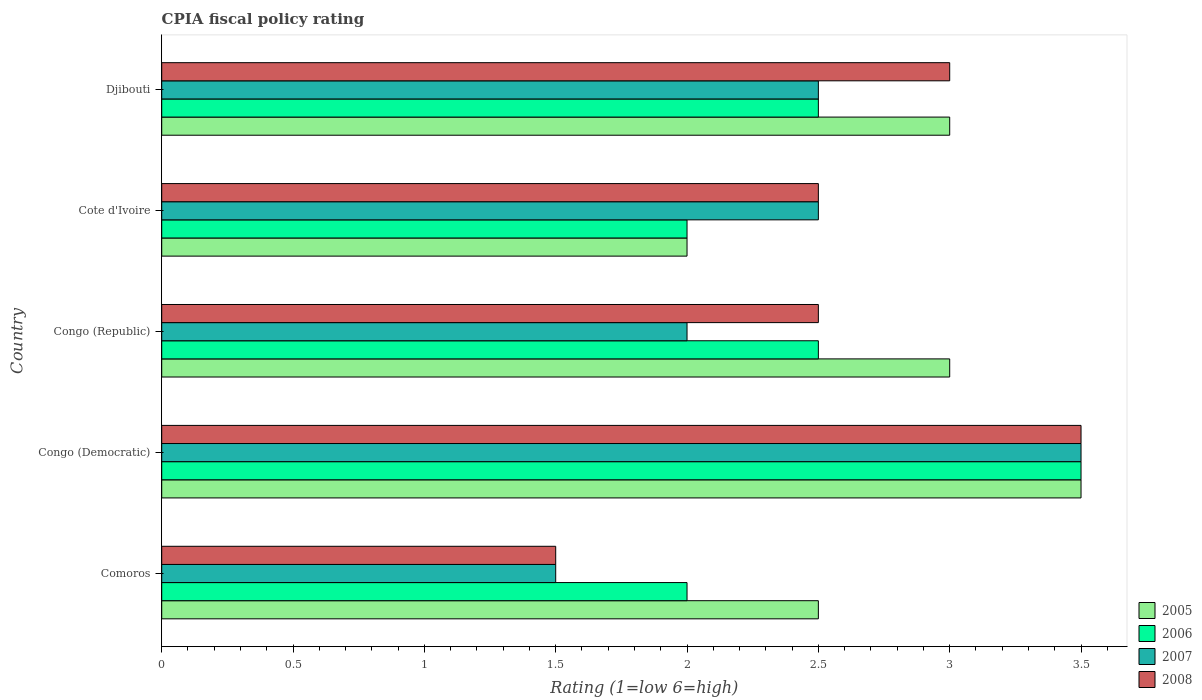
| Country | 2005 | 2006 | 2007 | 2008 |
 | --- | --- | --- | --- | --- |
 | Comoros | 2.5 | 2 | 1.5 | 1.5 |
 | Congo (Democratic) | 3.5 | 3.5 | 3.5 | 3.5 |
 | Congo (Republic) | 3 | 2.5 | 2 | 2.5 |
 | Cote d'Ivoire | 2 | 2 | 2.5 | 2.5 |
 | Djibouti | 3 | 2.5 | 2.5 | 3 |